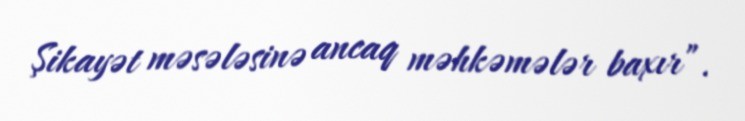
Şikayət məsələsinə ancaq məhkəmələr baxır”.